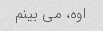
اوه، می بینم